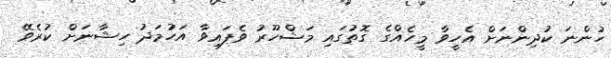
ހުންނަ ކުދިންނަށް އެހީވާ މީހެއްގެ ގޮތުގައި މަޝްހޫރު ވެފައިވާ އަހުމަދު ހިޝާނަށް ކުރެވޭ